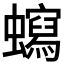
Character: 𧓺